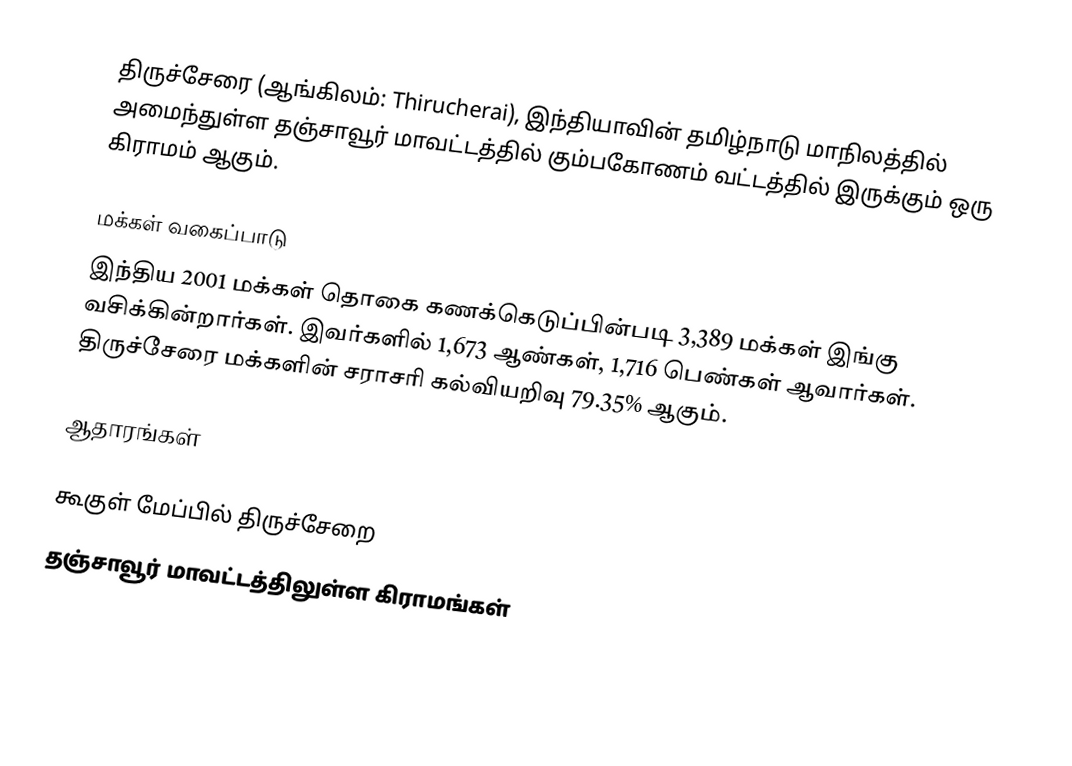
திருச்சேரை  (ஆங்கிலம்: Thirucherai), இந்தியாவின் தமிழ்நாடு மாநிலத்தில் அமைந்துள்ள தஞ்சாவூர் மாவட்டத்தில்   கும்பகோணம் வட்டத்தில் இருக்கும்  ஒரு கிராமம் ஆகும்.

மக்கள் வகைப்பாடு
இந்திய 2001 மக்கள் தொகை கணக்கெடுப்பின்படி 3,389 மக்கள் இங்கு வசிக்கின்றார்கள்.  இவர்களில் 1,673 ஆண்கள், 1,716 பெண்கள் ஆவார்கள். திருச்சேரை  மக்களின் சராசரி கல்வியறிவு 79.35% ஆகும்.

ஆதாரங்கள்

கூகுள் மேப்பில் திருச்சேறை
தஞ்சாவூர் மாவட்டத்திலுள்ள கிராமங்கள்